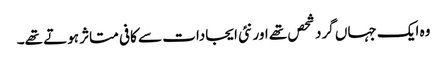
وہ ایک جہاں گرد شحص تھے اور نئی ایجادات سے کافی متاثر ہوتے تھے۔